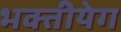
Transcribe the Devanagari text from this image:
भक्तीयेग